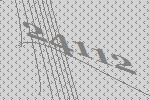
24112